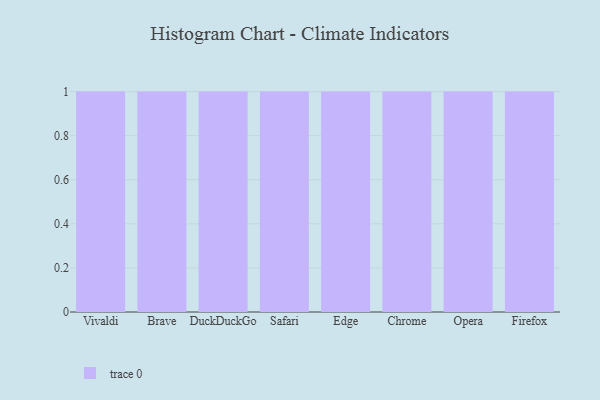
{"axis": {"x": "Browser", "y": "Population (Million)"}, "legend": [""], "data": [{"x": "Vivaldi", "y": 93, "type": ""}, {"x": "Brave", "y": 51, "type": ""}, {"x": "DuckDuckGo", "y": 3, "type": ""}, {"x": "Safari", "y": 57, "type": ""}, {"x": "Edge", "y": 53, "type": ""}, {"x": "Chrome", "y": 48, "type": ""}, {"x": "Opera", "y": 27, "type": ""}, {"x": "Firefox", "y": 36, "type": ""}]}